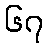
၆၇